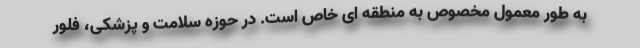
به طور معمول مخصوص به منطقه ای خاص است. در حوزه سلامت و پزشکی، فلور